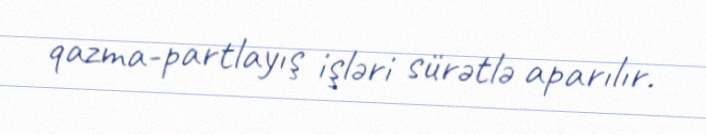
qazma-partlayış işləri sürətlə aparılır.